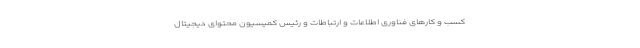
کسب و کارهای فناوری اطلاعات و ارتباطات و رئیس کمیسیون محتوای دیجیتال